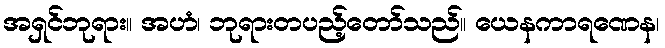
အရှင်ဘုရား။ အဟံ၊ ဘုရားတပည့်တော်သည်။ ယေနကာရဏေန၊